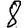
Digit: 8